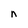
Character: n